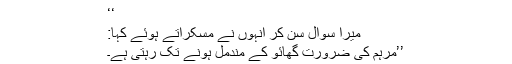
‘‘
میرا سوال سن کر انہوں نے مسکراتے ہوئے کہا:
’’مرہم کی ضرورت گھائو کے مندمل ہونے تک رہتی ہے۔